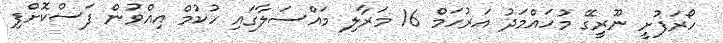
ހޯރަފުށީ ނޫރީގޭ މުހައްމަދު އަރުހަމް 16 މަރާލި މައްސަލާގައި ހުކުމް އިއްވުން ފަސްކޮށްފި